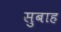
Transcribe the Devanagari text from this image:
सुबाह